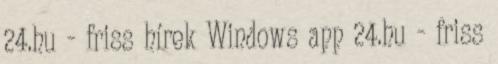
24.hu - friss hírek Windows app 24.hu - friss